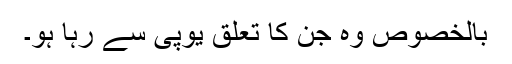
بالخصوص وہ جن کا تعلق یوپی سے رہا ہو۔